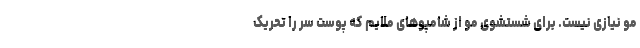
مو نیازی نیست. برای شستشوی مو از شامپوهای ملایم که پوست سر را تحریک